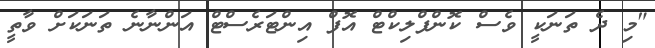
"މި ދެ ތަނަކީ ވެސް ކޮންފްލިކްޓް އޮފް އިންޓަރެސްޓް އަންނާނެ ތަނަކަށް ވާތީ